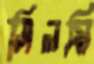
সিলমি